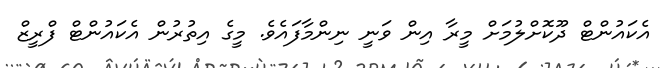
އެކައުންޓް ދޫކޮށްލުމަށް މީރާ އިން ވަނީ ނިންމާފައެވެ. މީގެ އިތުރުން އެކައުންޓް ފްރީޒް